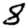
Digit: 8